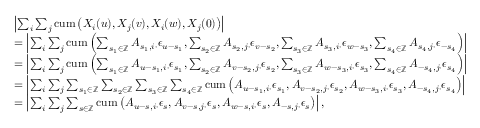
\begin{array} { r l } & { \left| \sum _ { i } \sum _ { j } \mathrm { c u m } \left( X _ { i } ( u ) , X _ { j } ( v ) , X _ { i } ( w ) , X _ { j } ( 0 ) \right) \right| } \\ & { = \left| \sum _ { i } \sum _ { j } \mathrm { c u m } \left( \sum _ { s _ { 1 } \in \mathbb { Z } } A _ { s _ { 1 } , i \cdot } \epsilon _ { u - s _ { 1 } } , \sum _ { s _ { 2 } \in \mathbb { Z } } A _ { s _ { 2 } , j \cdot } \epsilon _ { v - s _ { 2 } } , \sum _ { s _ { 3 } \in \mathbb { Z } } A _ { s _ { 3 } , i \cdot } \epsilon _ { w - s _ { 3 } } , \sum _ { s _ { 4 } \in \mathbb { Z } } A _ { s _ { 4 } , j \cdot } \epsilon _ { - s _ { 4 } } \right) \right| } \\ & { = \left| \sum _ { i } \sum _ { j } \mathrm { c u m } \left( \sum _ { s _ { 1 } \in \mathbb { Z } } A _ { u - s _ { 1 } , i \cdot } \epsilon _ { s _ { 1 } } , \sum _ { s _ { 2 } \in \mathbb { Z } } A _ { v - s _ { 2 } , j \cdot } \epsilon _ { s _ { 2 } } , \sum _ { s _ { 3 } \in \mathbb { Z } } A _ { w - s _ { 3 } , i \cdot } \epsilon _ { s _ { 3 } } , \sum _ { s _ { 4 } \in \mathbb { Z } } A _ { - s _ { 4 } , j \cdot } \epsilon _ { s _ { 4 } } \right) \right| } \\ & { = \left| \sum _ { i } \sum _ { j } \sum _ { s _ { 1 } \in \mathbb { Z } } \sum _ { s _ { 2 } \in \mathbb { Z } } \sum _ { s _ { 3 } \in \mathbb { Z } } \sum _ { s _ { 4 } \in \mathbb { Z } } \mathrm { c u m } \left( A _ { u - s _ { 1 } , i \cdot } \epsilon _ { s _ { 1 } } , A _ { v - s _ { 2 } , j \cdot } \epsilon _ { s _ { 2 } } , A _ { w - s _ { 3 } , i \cdot } \epsilon _ { s _ { 3 } } , A _ { - s _ { 4 } , j \cdot } \epsilon _ { s _ { 4 } } \right) \right| } \\ & { = \left| \sum _ { i } \sum _ { j } \sum _ { s \in \mathbb { Z } } \mathrm { c u m } \left( A _ { u - s , i \cdot } \epsilon _ { s } , A _ { v - s , j \cdot } \epsilon _ { s } , A _ { w - s , i \cdot } \epsilon _ { s } , A _ { - s , j \cdot } \epsilon _ { s } \right) \right| , } \end{array}